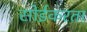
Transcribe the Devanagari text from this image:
सोईकरता